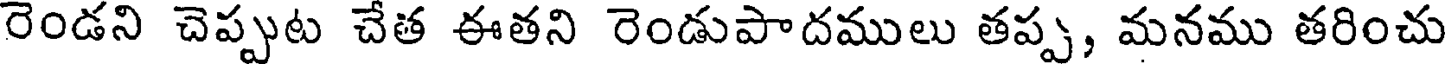
రెండని చెప్పుట చేత ఈతని రెండుపాదములు తప్ప, మనము తరించు